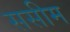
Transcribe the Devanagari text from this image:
ससीम